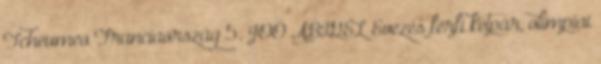
Tcheumeo Franciaország 5. JOÓ ABIGÉL Evezés férfi kétpár, olimpiai